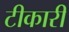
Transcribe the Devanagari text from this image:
टीकारी